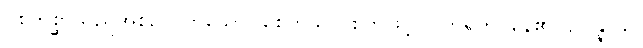
ဝိစိကိစ္ဆာသည်အစဉ်လိုက်သော။ စေတသာ၊ စိတ်ဖြင့်။ ဝိဟရတိ၊ နေ၏။ ဥပ္ပန္နာယ၊